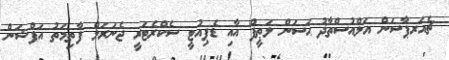
ޗެއަރޕާސަން އަލްއުސްތާޛު ޙަސަން ލަޠީފް އާއި ޑެޕިއުޓީ ސެކްރެޓަރީ ޖެނަރަލް ފާތިމަތު އަފްޝަން